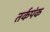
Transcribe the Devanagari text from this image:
तर्कपंक